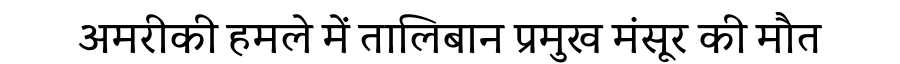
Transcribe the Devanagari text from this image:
अमरीकी हमले में तालिबान प्रमुख मंसूर की मौत